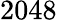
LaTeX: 2048